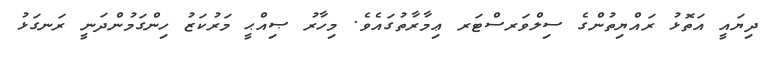
ދިޔައީ އަތޮޅު ރައްޔިތުންގެ ސިލްވަރސްޓަރ ޢިމާރާތުގައެވެ. މިހާރު ޞިއްޙީ މަރުކަޒު ހިންގަމުންދަނީ ރަނގަޅު